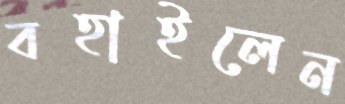
বহাইলেন